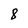
Character: 8